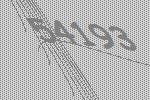
54193